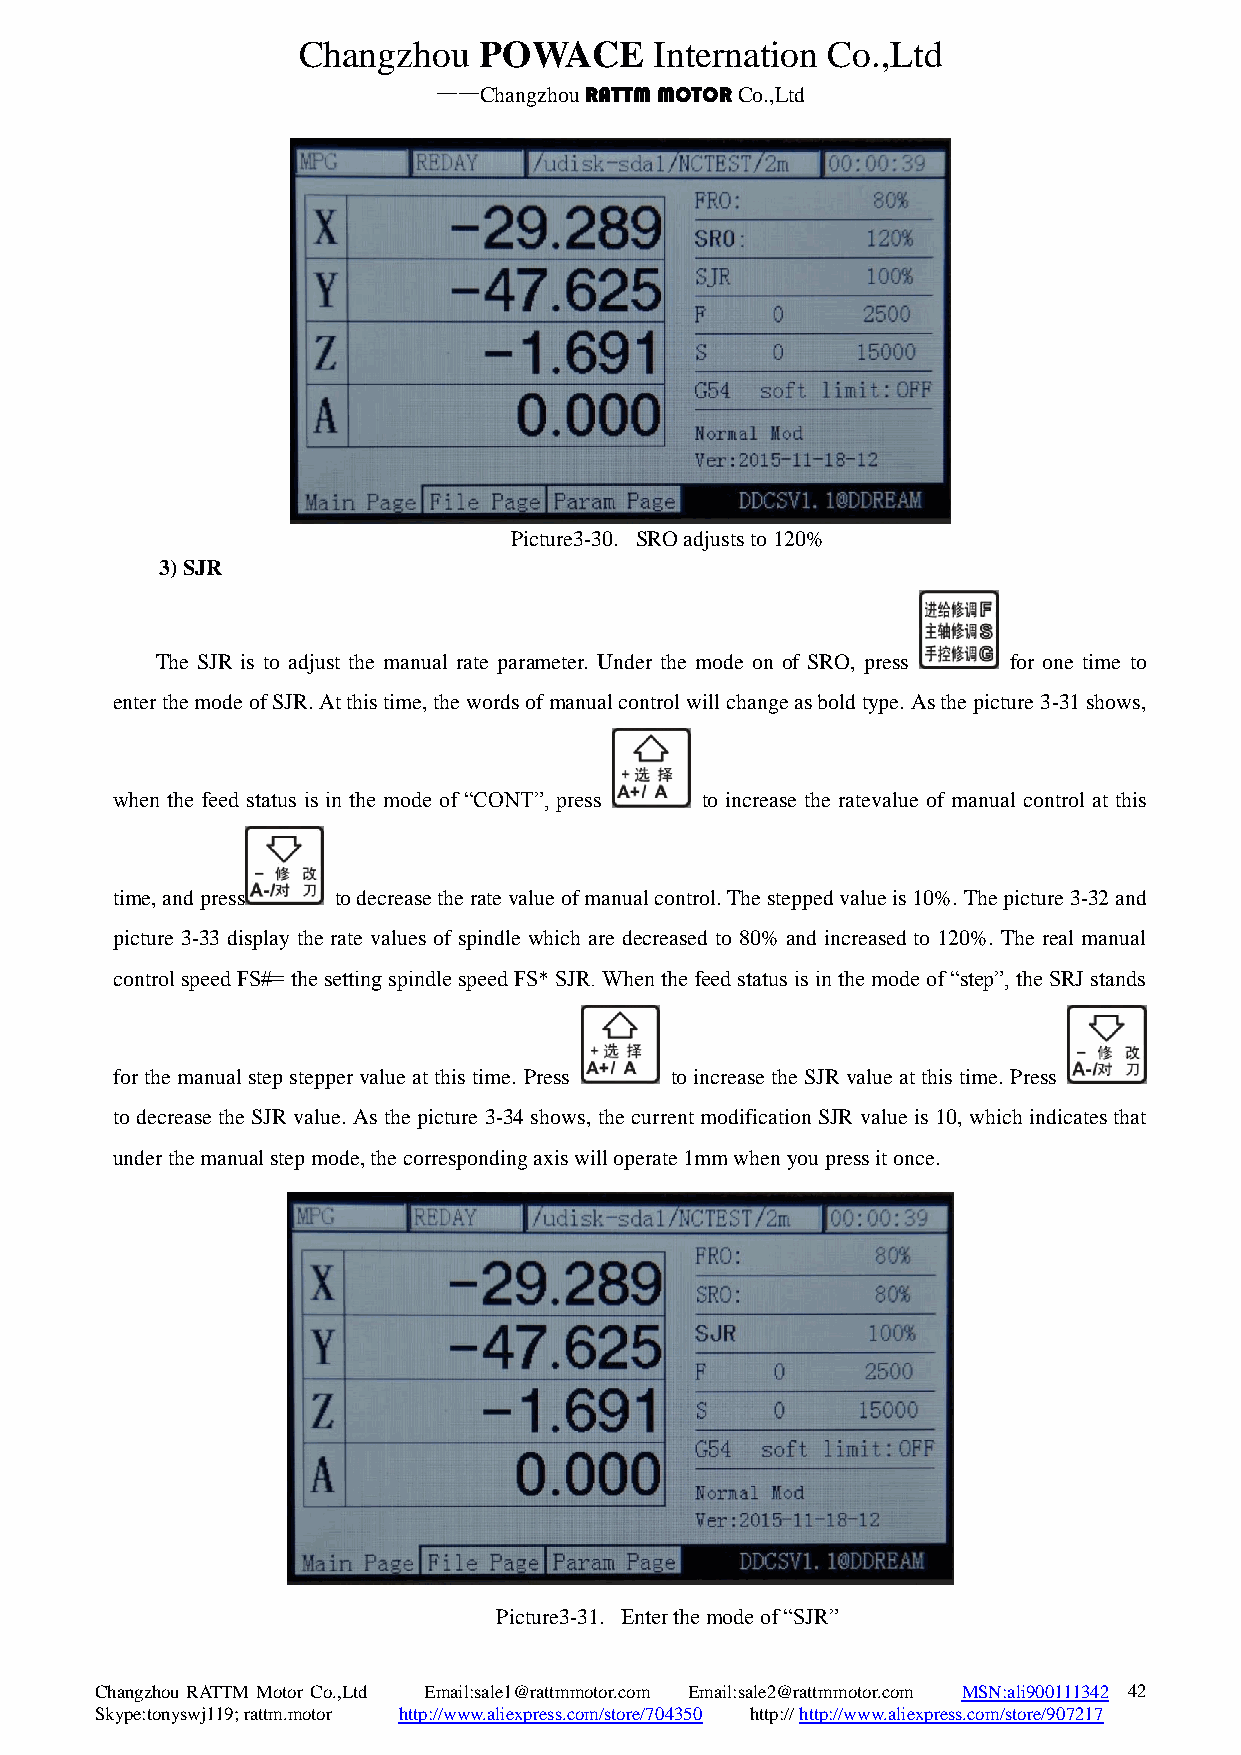
Changzhou   POWACE     Internation Co.,Ltd
 ——Changzhou RATTM MOTOR Co.,Ltd
 Picture3-30. SRO adjusts to 120%
 3) SJR
 The SJR is to adjust the manual rate parameter. Under the mode on of SRO, press for one time to
 enter the mode of SJR. At this time, the words of manual control will change as bold type. As the picture 3-31 shows,
 when the feed status is in the mode of “CONT”, press to increase the ratevalue of manual control at this
 time, and press to decrease the rate value of manual control. The stepped value is 10%. The picture 3-32 and
 picture 3-33 display the rate values of spindle which are decreased to 80% and increased to 120%. The real manual
 control speed FS#= the setting spindle speed FS* SJR. When the feed status is in the mode of “step”, the SRJ stands
 for the manual step stepper value at this time. Press to increase the SJR value at this time. Press
 to decrease the SJR value. As the picture 3-34 shows, the current modification SJR value is 10, which indicates that
 under the manual step mode, the corresponding axis will operate 1mm when you press it once.
 Picture3-31. Enter the mode of “SJR”
 Changzhou RATTM Motor Co.,Ltd Email:sale1@rattmmotor.com Email:sale2@rattmmotor.com MSN:ali900111342 4 2
 Skype:tonyswj119; rattm.motor http://www.aliexpress.com/store/704350 http:// http://www.aliexpress.com/store/907217